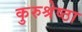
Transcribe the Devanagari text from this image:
कुरुश्रेष्ठा